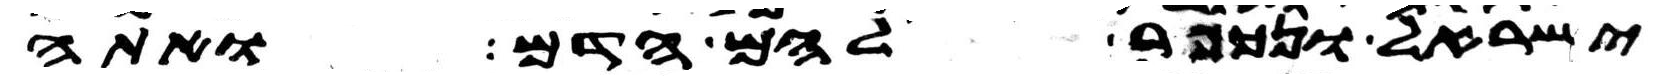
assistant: ישראל ונכפר להם הדם ואתה